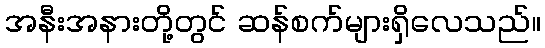
အနီးအနားတို့တွင် ဆန်စက်များရှိလေသည်။